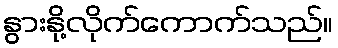
နွားနို့လိုက်ကောက်သည်။